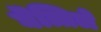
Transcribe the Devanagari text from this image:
घॆत्तिले